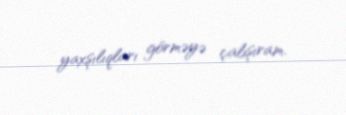
yaxşılıqları görməyə çalışıram.